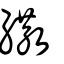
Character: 繖